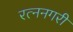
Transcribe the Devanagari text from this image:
रत्ननगरी